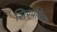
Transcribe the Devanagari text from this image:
सिरपोफेगा